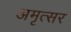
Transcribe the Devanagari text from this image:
अमृत्सर